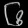
Digit: ၆